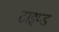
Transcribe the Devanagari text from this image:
टाइप्ड